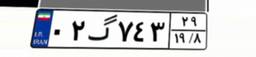
۳۱گ۹۲۴۷۶